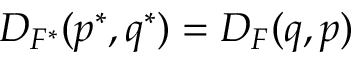
D _ { F ^ { * } } ( p ^ { * } , q ^ { * } ) = D _ { F } ( q , p )